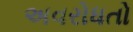
અવરોધતો